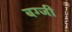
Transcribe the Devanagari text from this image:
बग्जी